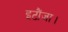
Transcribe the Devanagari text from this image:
इटौंजा।